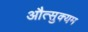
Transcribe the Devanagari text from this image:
औत्सुक्यम